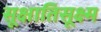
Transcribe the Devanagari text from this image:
सूक्षातिसूक्ष्म